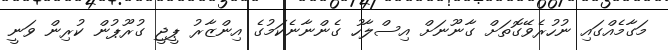
މަގާމެއްގައި ނުހުރެވޭގޮތަށް ގާނޫނަށް އިސްލާހު ގެންނާނެކަމުގެ އިންޒާރު ޕީޖީ ގުރޫޕުން ކުރިން ވަނީ